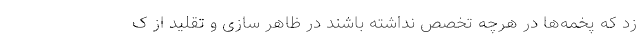
زد که پخمه‌ها در هرچه تخصص نداشته باشند در ظاهر سازی و تقلید از ک